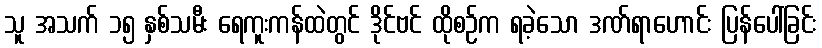
သူ အသက် ၁၅ နှစ်သမီး ရေကူးကန်ထဲတွင် ဒိုင်ဗင် ထိုစဉ်က ရခဲ့သော ဒဏ်ရာဟောင်း ပြန်ပေါ်ခြင်း